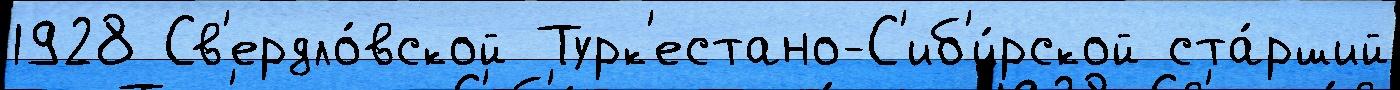
1928 Св'ердло́вской Турк'естано-С'иб'и́рской ста́рший